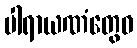
ပါရာယဏံတွေဝ